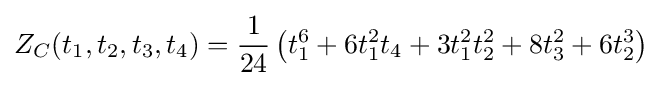
Z_{C}(t_{1},t_{2},t_{3},t_{4})={\frac {1}{24}}\left(t_{1}^{6}+6t_{1}^{2}t_{4}+3t_{1}^{2}t_{2}^{2}+8t_{3}^{2}+6t_{2}^{3}\right)